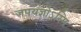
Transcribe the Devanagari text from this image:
जपयज्ञोऽस्मि